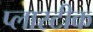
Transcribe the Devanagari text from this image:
प्लास्टीक